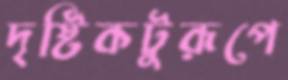
দৃষ্টিকটুরূপে